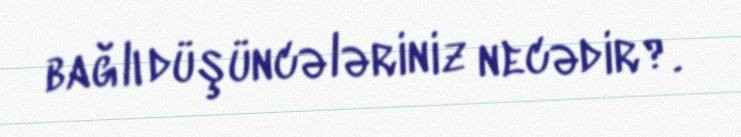
bağlı düşüncələriniz necədir?.